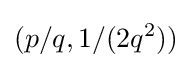
(p/q,1/(2q^{2}))